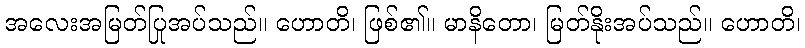
အလေးအမြတ်ပြုအပ်သည်။ ဟောတိ၊ ဖြစ်၏။ မာနိတော၊ မြတ်နိုးအပ်သည်။ ဟောတိ၊